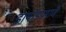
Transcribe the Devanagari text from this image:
डायोडप्रमाणे